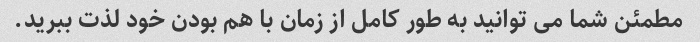
مطمئن شما می توانید به طور کامل از زمان با هم بودن خود لذت ببرید.